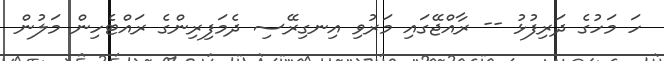
ހަ މަހުގެ ދަރިފުޅު -- ރާއްޖޭގައި މަރުވި އިނގިރޭސި ދެމަފިރިންގެ ރައްޓެހިން މަލުން